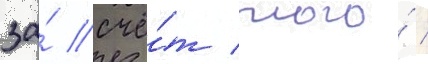
за́ счё́т того́ /